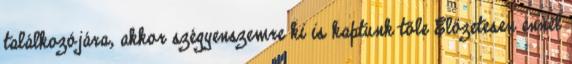
találkozójára, akkor szégyenszemre ki is kaptunk tőle Előzetesen ennél